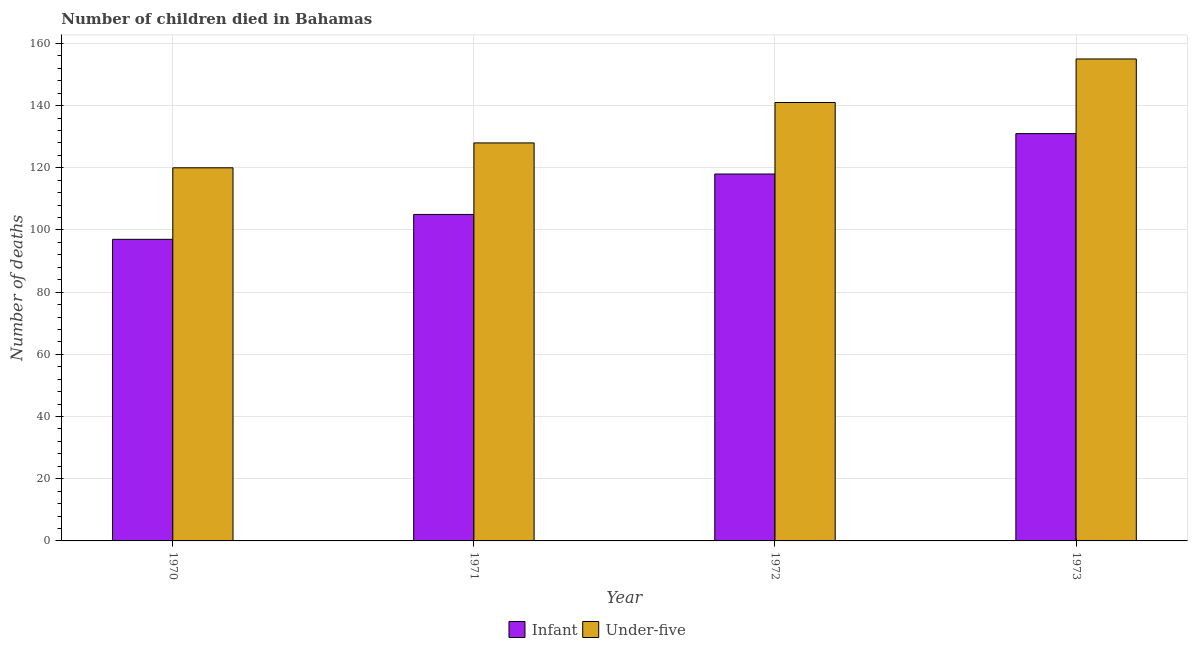
| Year | Infant | Under-five |
 | --- | --- | --- |
 | 1970 | 97 | 120 |
 | 1971 | 105 | 128 |
 | 1972 | 118 | 141 |
 | 1973 | 131 | 155 |